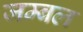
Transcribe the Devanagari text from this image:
जम्‍बल